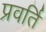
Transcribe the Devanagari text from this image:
प्रवर्ति